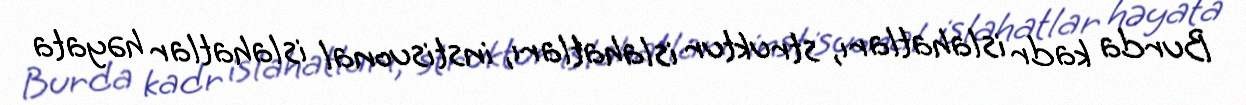
Burda kadr islahatları, struktur islahatları, instisuonal islahatlar həyata